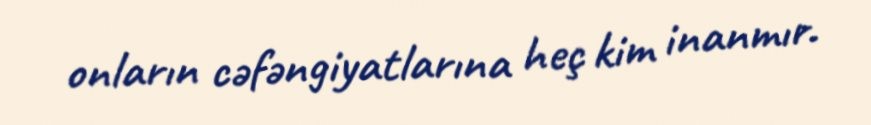
onların cəfəngiyatlarına heç kim inanmır.